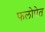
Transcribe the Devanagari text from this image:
फलोपेत